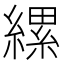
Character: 縲